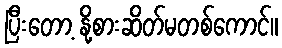
ပြီးတော့ နို့စားဆိတ်မတစ်ကောင်။